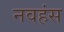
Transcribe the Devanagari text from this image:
नवहंस